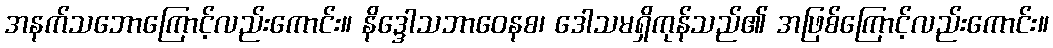
အနက်သဘောကြောင့်လည်းကောင်း။ နိဒ္ဒေါသဘာဝေနစ၊ ဒေါသမရှိကုန်သည်၏ အဖြစ်ကြောင့်လည်းကောင်း။